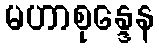
မဟာစုန္ဒေန